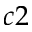
c 2